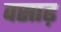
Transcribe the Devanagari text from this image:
वसाढ़